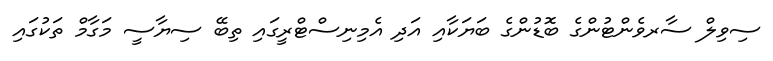
ސިވިލް ސާރވެންޓުންގެ ބޮޑުންގެ ބަޔަކާއި އަދި އެމިނިސްޓްރީގައި ތިބޭ ސިޔާސީ މަގާމް ތަކުގައި